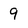
Character: 9